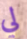
لي